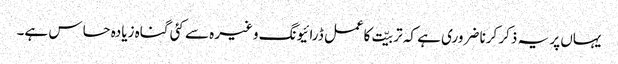
یہاں پر یہ ذکر کرنا ضروری ہے کہ تربیّت کاعمل ڈرائیونگ وغیرہ سے کئی گناہ زیادہ حساس ہے۔